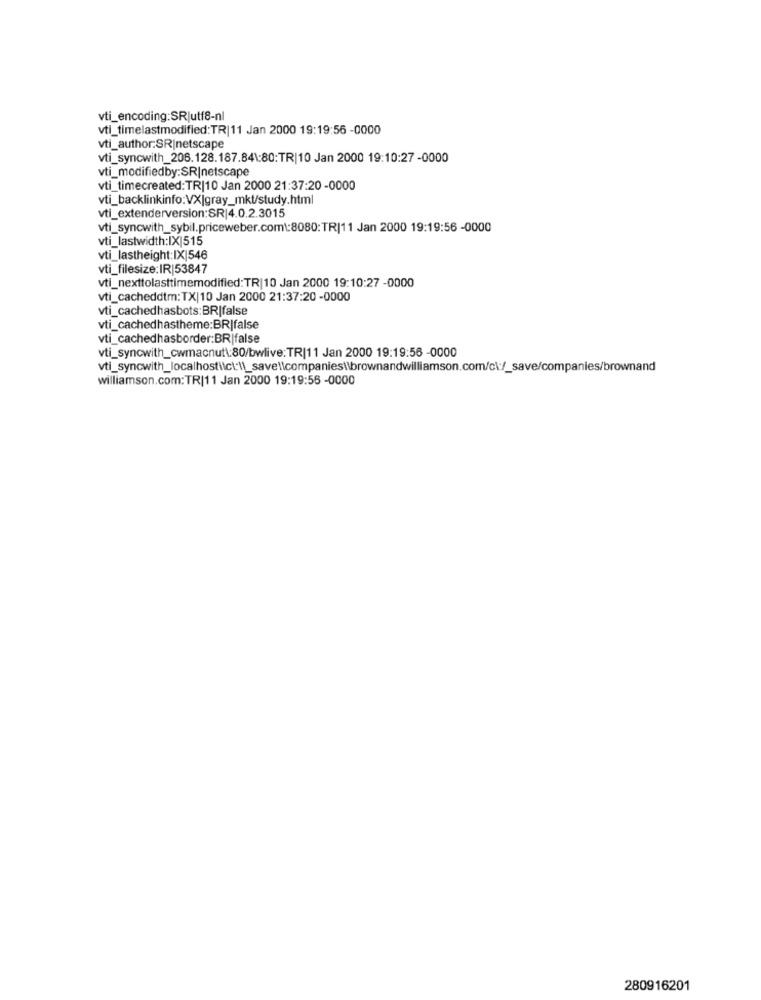
vti_encoding:SR|utf8-nl
vti_timelastmodified:TR|11 Jan 2000 19:19:56 -0000
vti_author:SR|netscape
vti_syncwith_206.128.187.84\:80:TR|10 Jan 2000 19:10:27 -0000
vti_modifiedby:SR|netscape
vti_timecreated: TR|10 Jan 2000 21:37:20 -0000
vti_backlinkinfo:VX|gray_mkt/study.html
vti_extenderversion:SR|4.0.2.3015
vti_syncwith_sybil.priceweber.com\:8080:TR|11 Jan 2000 19:19:56 -0000
vti_lastwidth:IX|515
vti_lastheight:IX|546
vti_filesize:IR|53847
vti_nexttolasttimemodified: TR|10 Jan 2000 19:10:27 -0000
vti_cacheddtm:TX|10 Jan 2000 21:37:20 -0000
vti_cachedhasbots:BR|false
vti_cachedhastheme:BR|false
vti_cachedhasborder:BR|false
vti_syncwith_cwmacnut\:80/bwlive:TR|11 Jan 2000 19:19:56 -0000
williamson.com: TR|11 Jan 2000 19:19:56 -0000
280916201